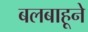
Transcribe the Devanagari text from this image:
बलबाहूने